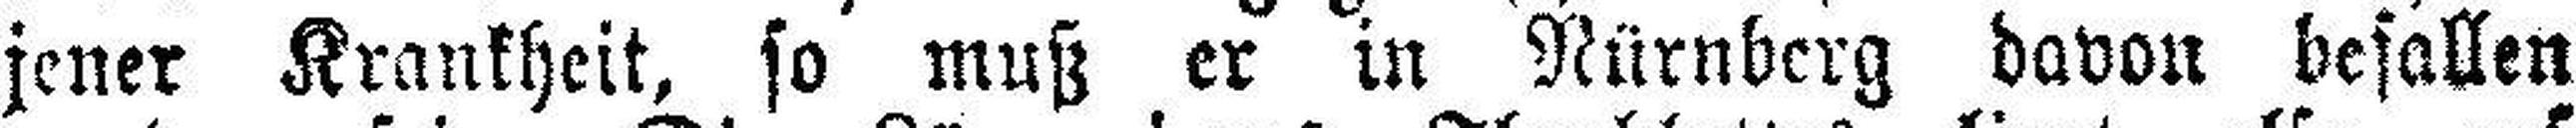
jener Krankheit, so muß er in Nürnberg davon befallen